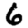
Digit: 6